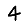
Digit: 4